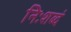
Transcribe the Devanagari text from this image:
निःशब्दं